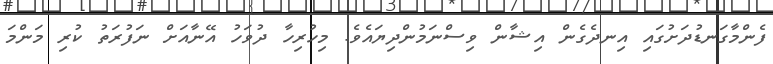
ފެންމާގަނޑުދަށުގައި އިނދެގެން އިޝާން ވިސްނަމުންދިޔައެވެ. މިހުރިހާ ދުވަހު އޭނާއަށް ނަފުރަތު ކުރި މަންމަ